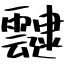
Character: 靆